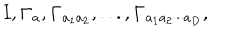
{ \bf I } , { \bf \Gamma } _ { a } , { \bf \Gamma } _ { a _ { 1 } a _ { 2 } } , . . . , { \bf \Gamma } _ { a _ { 1 } a _ { 2 } \cdot \cdot \cdot a _ { D } } ,